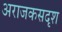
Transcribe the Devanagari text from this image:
अराजकसदृश